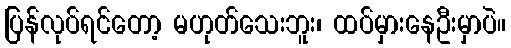
ပြန်လုပ်ရင်တော့ မဟုတ်သေးဘူး၊ ထပ်မှားနေဦးမှာပဲ။